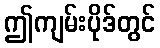
ဤကျမ်းပိုဒ်တွင်